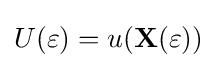
U(\varepsilon )=u(\mathbf {X} (\varepsilon ))